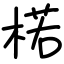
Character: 楉